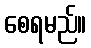
စေရမည်။